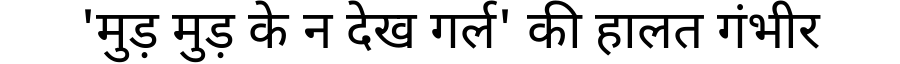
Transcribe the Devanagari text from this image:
'मुड़ मुड़ के न देख गर्ल' की हालत गंभीर